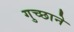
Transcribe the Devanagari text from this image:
गुच्छाने